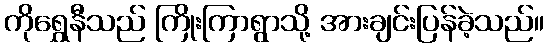
ကိုရွှေနီသည် ကြိုးကြာရွာသို့ အားချင်းပြန်ခဲ့သည်။